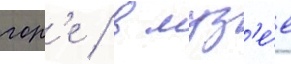
гор'е / в муз'е́е